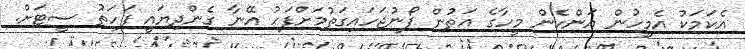
އެކަމަކު އެމީހުން އަންހެން މީހާގެ އަތުން ފޯނުޖަހައިގަތުމަށްފަހު އޭނާ ގެންދިޔައީ ފަހަތު ސީޓަށް.